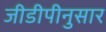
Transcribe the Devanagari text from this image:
जीडीपीनुसार